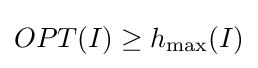
OPT(I)\geq h_{\max }(I)